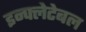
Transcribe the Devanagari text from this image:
इन्फ्लेटेबल